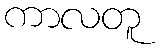
ကာလတူ